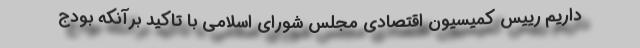
داریم رییس کمیسیون اقتصادی مجلس شورای اسلامی با تاکید برآنکه بودج